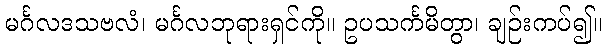
မင်္ဂလဒသဗလံ၊ မင်္ဂလဘုရားရှင်ကို။ ဥပသင်္ကမိတွာ၊ ချဉ်းကပ်၍။